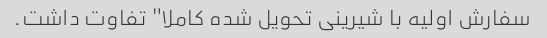
سفارش اولیه با شیرینی تحویل شده کاملا" تفاوت داشت.